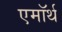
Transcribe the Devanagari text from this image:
एमॉर्थ